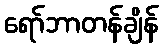
ရော်ဘာတန်ချိန်